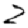
Digit: 2